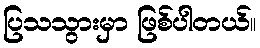
ပြသသွားမှာ ဖြစ်ပါတယ်။